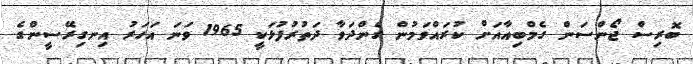
ބޮރިސް ޖޯންސަން ގެމްބިއާއަށް ކުރައްވަމުން ގެންދަވާ ދަތުރުފުޅަކީ 1965 ވަނަ އަހަރު އިނގިރޭސީންގެ